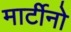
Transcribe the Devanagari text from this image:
मार्टीनो